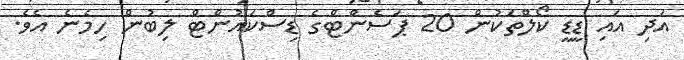
އަދި އައި ޑީޑީ ކޯލްތަކުން 20 ޕަސެންޓްގެ ޑިސްކައުންޓް ލިބުން ހިމެނެ އެވެ.